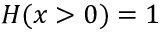
H ( x > 0 ) = 1